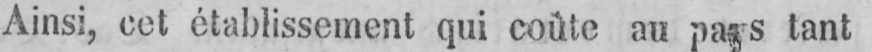
Ainsi, cet établissement qui coùte au pays tant